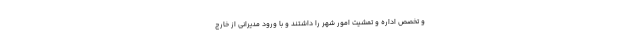
و تخصص اداره و تمشیت امور شهر را داشتند و با ورود مدیرانی از خارج